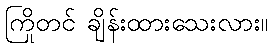
ကြိုတင် ချိန်းထားသေးလား။